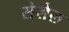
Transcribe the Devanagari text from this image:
सेशेल